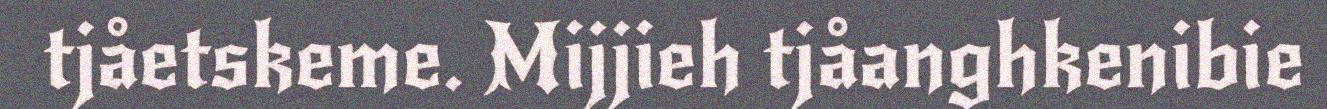
tjåetskeme. Mijjieh tjåanghkenibie